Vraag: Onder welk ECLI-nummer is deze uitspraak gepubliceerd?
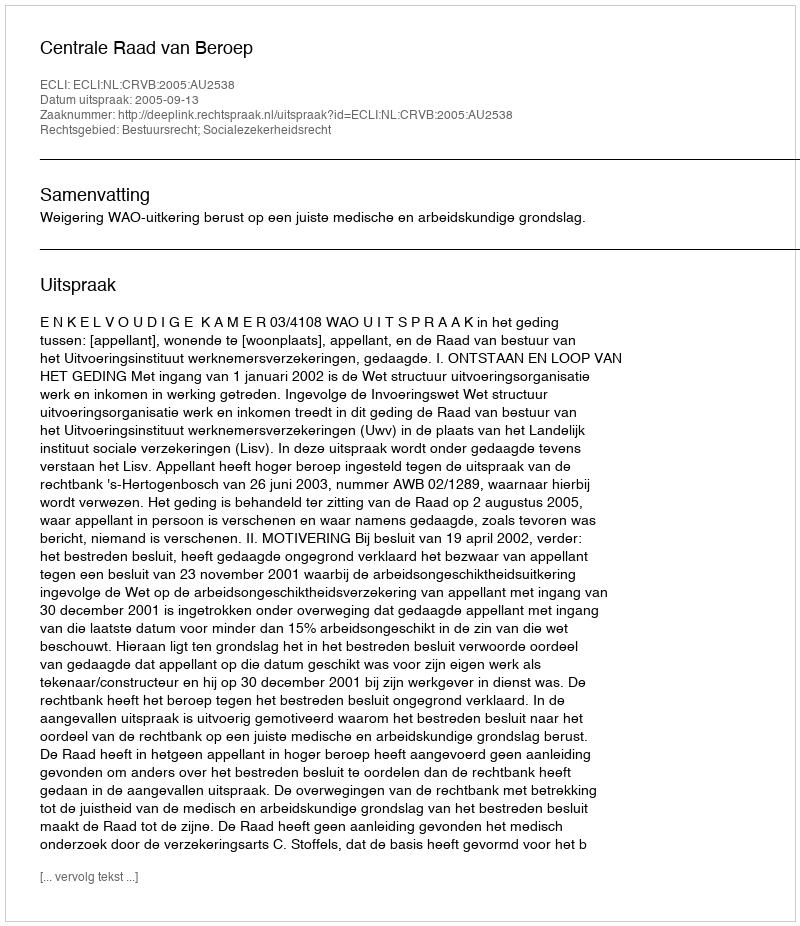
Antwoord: ECLI:NL:CRVB:2005:AU2538